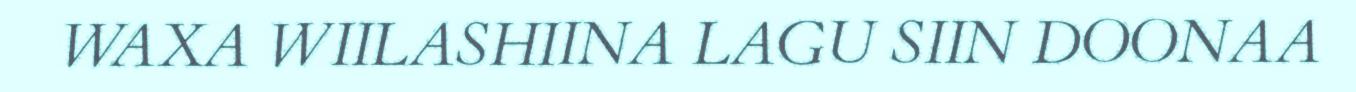
WAXA WIILASHIINA LAGU SIIN DOONAA